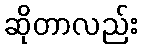
ဆိုတာလည်း